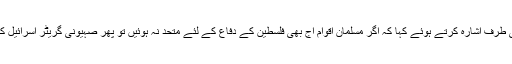
انہوں نے صہیونیوں کے گریٹر اسرائیل کے منصوبہ کی طرف اشارہ کرتے ہوئے کہا کہ اگر مسلمان اقوام آج بھی فلسطین کے دفاع کے لئے متحد نہ ہوئیں تو پھر صہیونی گریٹر اسرائیل کے قیام کے لئے مکہ اور مدینہ تک قابض ہو جائیں گے۔